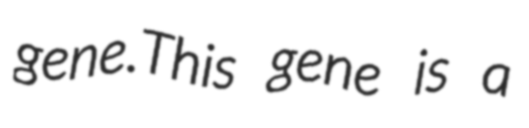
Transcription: gene.This gene is a